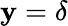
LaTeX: \mathbf{y}=\delta